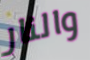
والنار